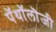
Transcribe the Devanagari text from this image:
पॅथॉलॊजी